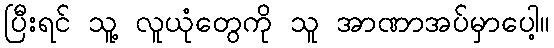
ပြီးရင် သူ့ လူယုံတွေကို သူ အာဏာအပ်မှာပေါ့။